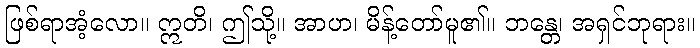
ဖြစ်ရာအံ့လော။ ဣတိ၊ ဤသို့။ အာဟ၊ မိန့်တော်မူ၏။ ဘန္တေ၊ အရှင်ဘုရား။